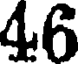
46